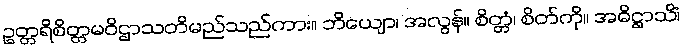
ဥတ္တရိစိတ္တမဝိဌာသတိမည်သည်ကား။ ဘိယျော၊ အလွန်။ စိတ္တံ၊ စိတ်ကို။ အဓိဋ္ဌာသိံ၊